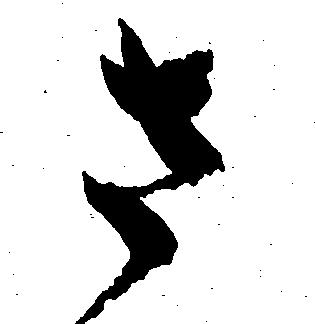
さ